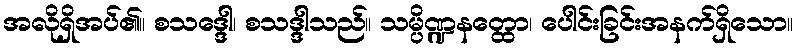
အလိုရှိအပ်၏။ စသဒ္ဒေါ၊ စသဒ္ဒါသည်။ သမ္ပိဏ္ဍနတ္ထော၊ ပေါင်းခြင်းအနက်ရှိသော။